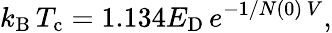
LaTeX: k_{\mathrm{{B}}}\, T_{\mathrm{{c}}}=1.134E_{\mathrm{{D}}}\, {e^{-1/N(0)\, V}},